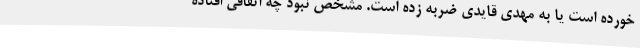
خورده است یا به مهدی قایدی ضربه زده است. مشخص نبود چه اتفاقی افتاده